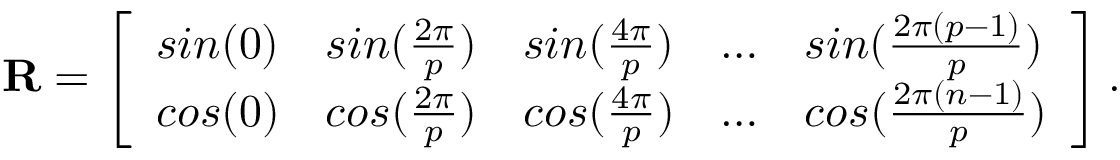
\begin{array} { r } { \mathbf { R } = \left[ \begin{array} { l l l l l } { s i n ( 0 ) } & { s i n ( \frac { 2 \pi } { p } ) } & { s i n ( \frac { 4 \pi } { p } ) } & { \dots } & { s i n ( \frac { 2 \pi ( p - 1 ) } { p } ) } \\ { c o s ( 0 ) } & { c o s ( \frac { 2 \pi } { p } ) } & { c o s ( \frac { 4 \pi } { p } ) } & { \dots } & { c o s ( \frac { 2 \pi ( n - 1 ) } { p } ) } \end{array} \right] . } \end{array}